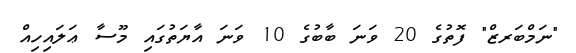
"ނަމްބަރޒް" ފޮތުގެ 20 ވަނަ ބާބުގެ 10 ވަނަ އާޔަތުގައި މޫސާ ޢަލައިހިއް